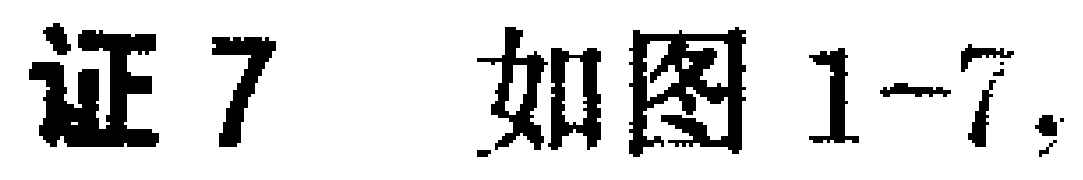
证7 如图1-7，